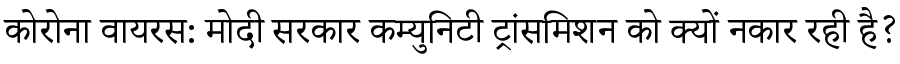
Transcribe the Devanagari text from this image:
कोरोना वायरस: मोदी सरकार कम्युनिटी ट्रांसमिशन को क्यों नकार रही है?